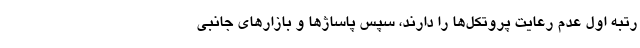
رتبه اول عدم رعایت پروتکل‌ها را دارند، سپس پاساژها و بازارهای جانبی